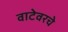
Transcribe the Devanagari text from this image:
वाटेवरचे